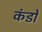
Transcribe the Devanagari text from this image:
कंडों